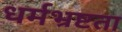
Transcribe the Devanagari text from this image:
धर्मभ्रष्टता